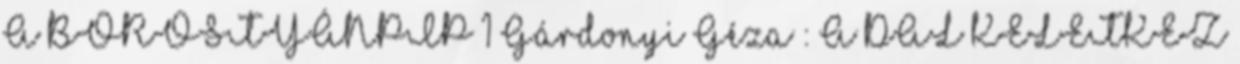
A BOROSTYÁNPIP 1 Gárdonyi Géza : A DAL KELETKEZ